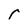
Character: r